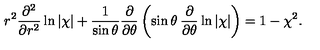
r ^ { 2 } \frac { \partial ^ { 2 } } { \partial r ^ { 2 } } \ln | \chi | + \frac { 1 } { \sin \theta } \frac { \partial } { \partial \theta } \left( \sin \theta \: \frac { \partial } { \partial \theta } \ln | \chi | \right) = 1 - \chi ^ { 2 } .